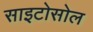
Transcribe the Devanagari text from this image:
साइटोसोल